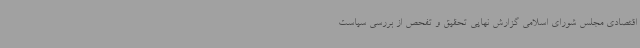
اقتصادی مجلس شورای اسلامی گزارش نهایی تحقیق و تفحص از بررسی سیاست